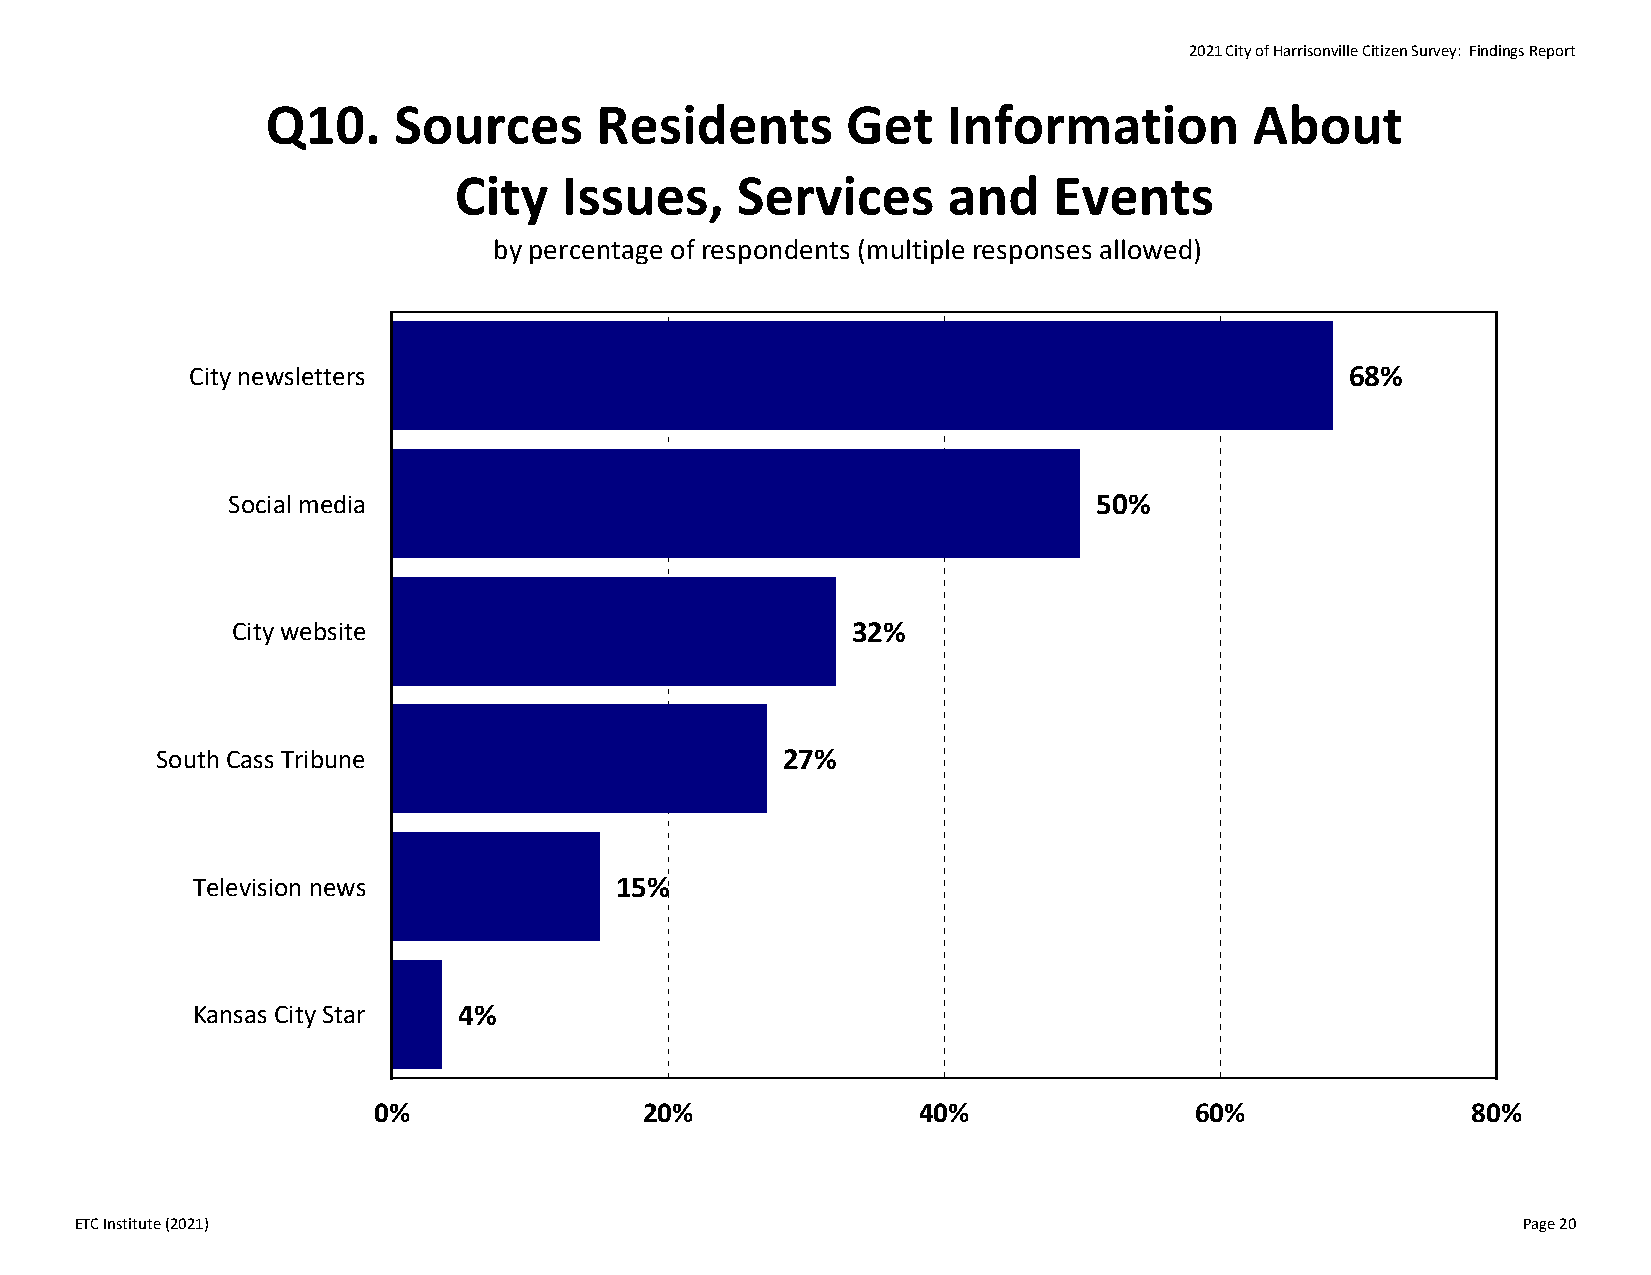
2021 City of Harrisonville Citizen Survey: Findings Report
 Q10.    Sources      Residents        Get    Information         About
 City   Issues,     Services      and    Events
 by percentage of respondents (multiple responses allowed)
 City newsletters                                                            68%
 Social media                                              50%
 City website                             32%
 South Cass Tribune                        27%
 Television news             15%
 Kansas City Star 4%
 0%                20%               40%               60%               80%
 ETC Institute (2021)                                                                            Page 20